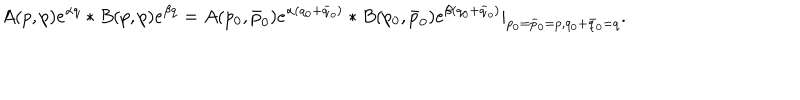
LaTeX: A ( p , p ) e ^ { \alpha q } * B ( p , p ) e ^ { \beta q } = A ( p _ { 0 } , \bar { p } _ { 0 } ) e ^ { \alpha ( q _ { 0 } + \bar { q } _ { o } ) } * B ( p _ { 0 } , \bar { p } _ { 0 } ) e ^ { \beta ( q _ { 0 } + \bar { q } _ { o } ) } | _ { p _ { 0 } = \bar { p } _ { 0 } = p , q _ { 0 } + \bar { q } _ { 0 } = q } .